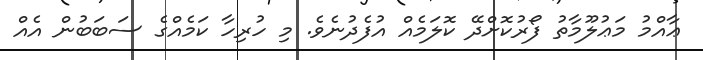
ޢާއްމު މަޢުލޫމާތު ފޯރުކޮށްދޭ ކޮލަމެއް އުފެދުނެވެ. މި ހުރިހާ ކަމެއްގެ ސަބަބުން އެއް